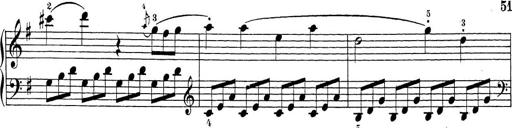
Title: Sonatina Album
Composer: Louis KÃ¶hler